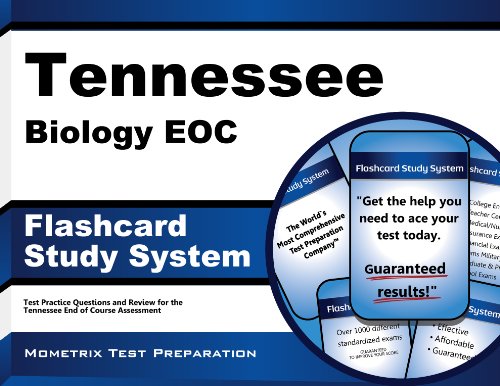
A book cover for Tennessee Biology EOC Flashcard Study System: Tennessee EOC Test Practice Questions & Exam Review for the Tennessee End of Course Assessment (Cards); Tennessee EOC Exam Secrets Test Prep Team; Test Preparation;